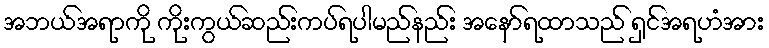
အဘယ်အရာကို ကိုးကွယ်ဆည်းကပ်ရပါမည်နည်း အနော်ရထာသည် ရှင်အရဟံအား